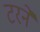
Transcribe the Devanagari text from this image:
टरने